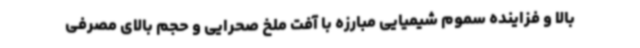
بالا و فزاینده سموم شیمیایی مبارزه با آفت ملخ صحرایی و حجم بالای مصرفی